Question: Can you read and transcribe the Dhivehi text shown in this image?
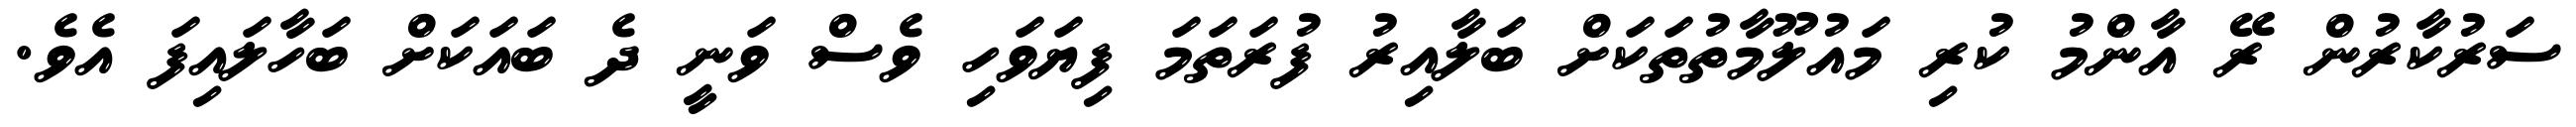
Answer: ސަރުކާރުން ރޭ އާންމު ކުރި މައުލޫމާތުތަކަށް ބަލާއިރު ފުރަތަމަ ފިޔަވަހި ވެސް ވަނީ ދެ ބައަކަށް ބަހާލައިފަ އެވެ.